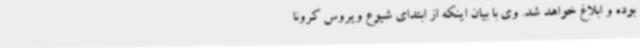
بوده و ابلاغ خواهد شد. وی با بیان اینکه از ابتدای شیوع ویروس کرونا